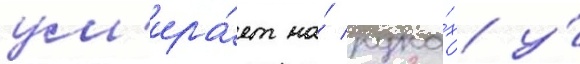
ум'ира́ет на́ рука́х у́